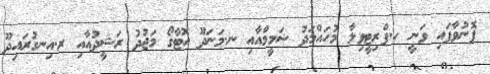
ފޮނުވާފައި ވަނީ ހ.ޕްރިޓީވިލާ މުހައްމަދު ޝަމީމްއާއި ނ.މަނަދޫ އޮޓާގޯ މަޖުދު ރަޝީދުއާއި ރ.އިނގުރައިދޫ